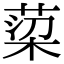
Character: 𮏿